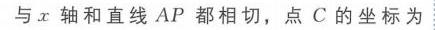
与\(x\)轴和直线\(AP\)都相切，点\(C\)的坐标为